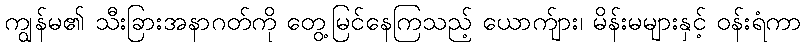
ကျွန်မ၏ သီးခြားအနာဂတ်ကို တွေ့မြင်နေကြသည့် ယောက်ျား၊ မိန်းမများနှင့် ဝန်းရံကာ